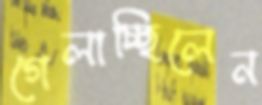
গেলাচ্ছিলেন